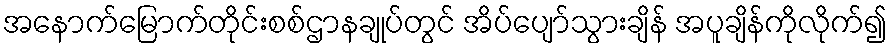
အနောက်မြောက်တိုင်းစစ်ဌာနချုပ်တွင် အိပ်ပျော်သွားချိန် အပူချိန်ကိုလိုက်၍